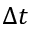
\Delta t